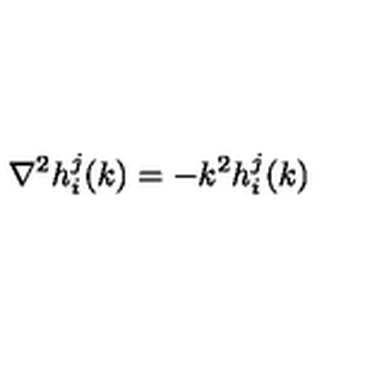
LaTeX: \nabla ^ { 2 } h _ { i } ^ { j } ( k ) = - k ^ { 2 } h _ { i } ^ { j } ( k )